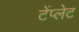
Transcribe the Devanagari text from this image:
टेंप्लेट